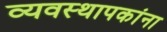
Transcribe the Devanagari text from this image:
व्यवस्थापकांना